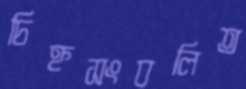
চিহ্নসংবলিত